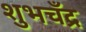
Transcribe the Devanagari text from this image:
शुभचँद्र